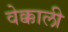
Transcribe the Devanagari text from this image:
वेक्काली